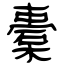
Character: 橐